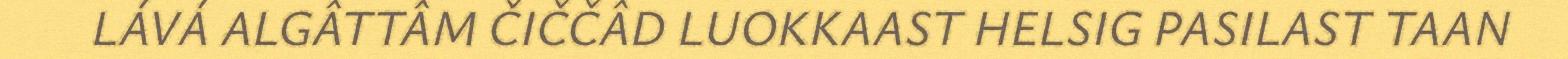
LÁVÁ ALGÂTTÂM ČIČČÂD LUOKKAAST HELSIG PASILAST TAAN